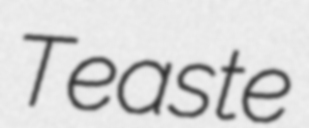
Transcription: Teaste